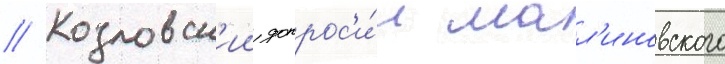
// Козловск'ии допрос'и́л мал'иновского